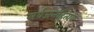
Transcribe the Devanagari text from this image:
सर्वजनहिताय